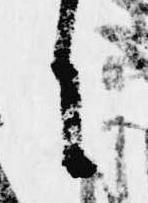
に